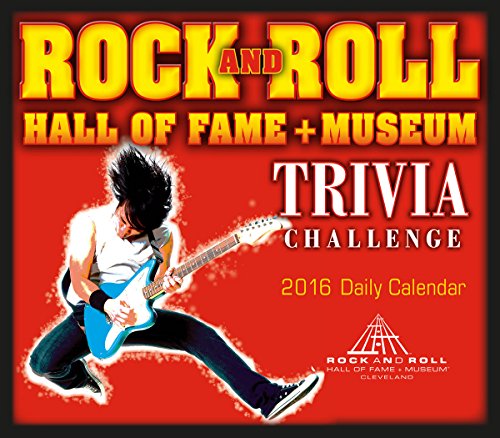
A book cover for Rock and Roll Hall of Fame Trivia Challenge 2016 Boxed/Daily Calendar; Rock & Roll Hall of Fame Museum; Calendars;